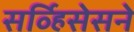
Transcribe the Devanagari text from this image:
सर्व्हिसेसने